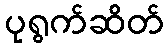
ပုရွက်ဆိတ်